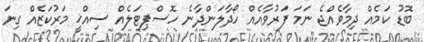
ބޮޑު ކަމެއް ދިމާވެއްޖެ ނަމަ ފަރުވާއެއް ހޯދާލަންދާނެ ހޮސްޕިޓަލެއް ސިއްޚީ މަރުކަޒެއް ގިނަ